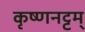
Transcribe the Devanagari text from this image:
कृष्णनट्टम्